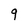
Character: 9